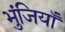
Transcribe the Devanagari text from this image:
भुंजियाँ